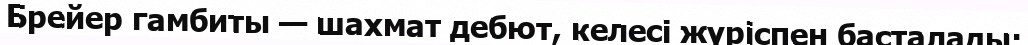
Брейер гамбиты — шахмат дебют, келесі жүріспен басталады: